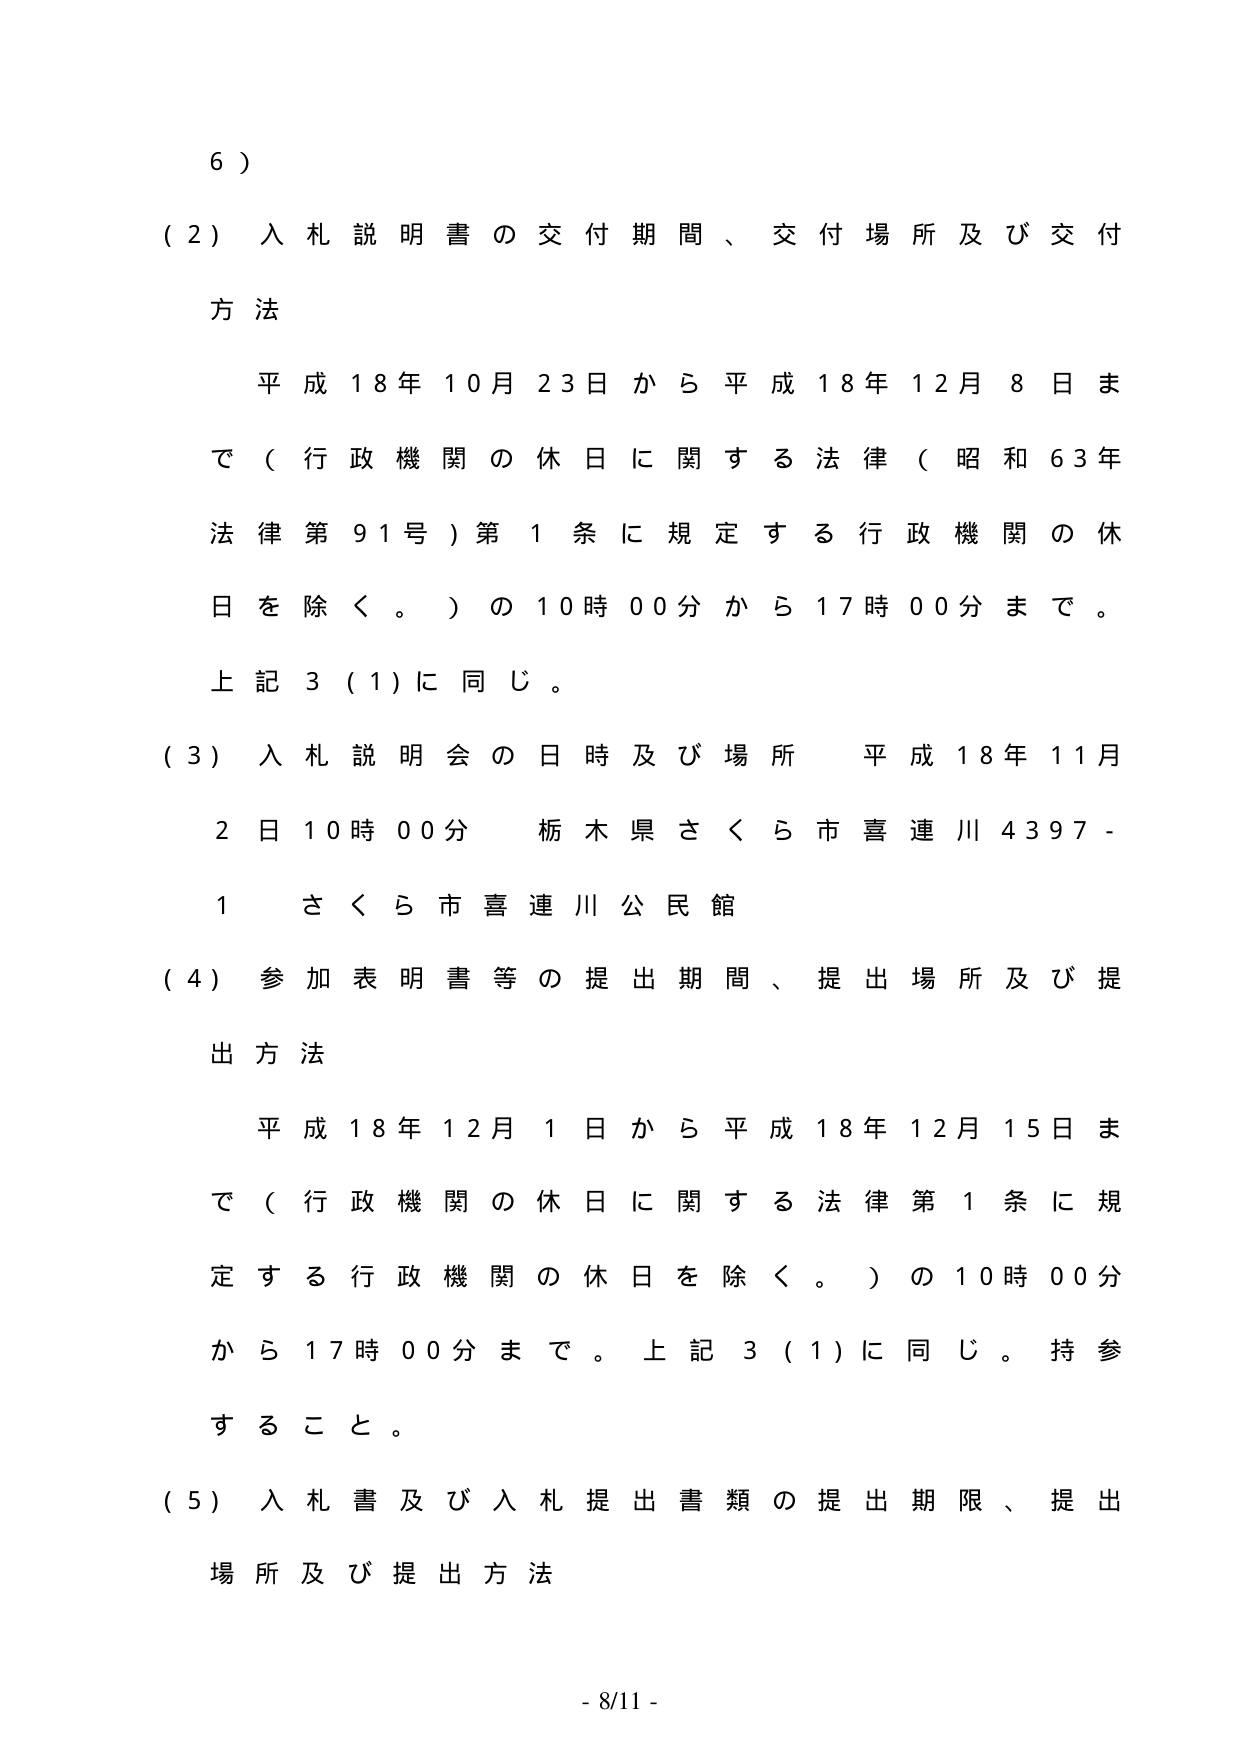
6）

（2）入札説明書の交付期間、交付場所及び交付方法

平成18年10月23日から平成18年12月8日まで（行政機関の休日に関する法律（昭和63年法律第91号）第1条に規定する行政機関の休日を除く。）の10時00分から17時00分まで。

上記3（1）に同じ。

（3）入札説明会の日時及び場所 平成18年11月2日10時00分 栃木県さくら市喜連川4397-1 さくら市喜連川公民館

（4）参加表明書等の提出期間、提出場所及び提出方法

平成18年12月1日から平成18年12月15日まで（行政機関の休日に関する法律第1条に規定する行政機関の休日を除く。）の10時00分から17時00分まで。上記3（1）に同じ。持参すること。

（5）入札書及び入札提出書類の提出期限、提出場所及び提出方法

- 8/11 -